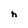
Character: h